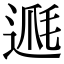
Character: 𨔅